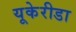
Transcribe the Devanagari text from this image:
यूकेरीडा